Vaccination report Assam 1874-1896 - 1874-1896
Year: 1874
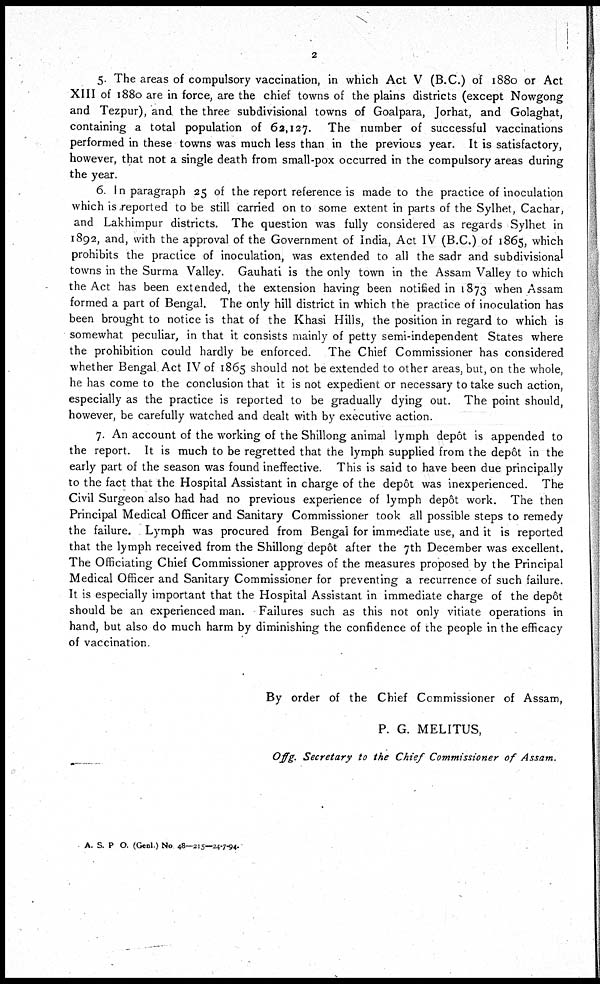
2
5. The areas of compulsory vaccination, in which Act V (B.C.) of 1880 or Act
XIII of 1880 are in force, are the chief towns of the plains districts (except Nowgong
and Tezpur), and the three subdivisional towns of Goalpara, Jorhat, and Golaghat,
containing a total population of 62,127. The number of successful vaccinations
performed in these towns was much less than in the previous year. It is satisfactory,
however, that not a single death from small-pox occurred in the compulsory areas during
the year.
6. In paragraph 25 of the report reference is made to the practice of inoculation
which is reported to be still carried on to some extent in parts of the Sylhet, Cachar,
and Lakhimpur districts. The question was fully considered as regards Sylhet in
1892, and, with the approval of the Government of India, Act IV (B.C.) of 1865, which
prohibits the practice of inoculation, was extended to all the sadr and subdivisional
towns in the Surma Valley. Gauhati is the only town in the Assam Valley to which
the Act has been extended, the extension having been notified in 1873 when Assam
formed a part of Bengal. The only hill district in which the practice of inoculation has
been brought to notice is that of the Khasi Hills, the position in regard to which is
somewhat peculiar, in that it consists mainly of petty semi-independent States where
the prohibition could hardly be enforced. The Chief Commissioner has considered
whether Bengal Act IV of 1865 should not be extended to other areas, but, on the whole,
he has come to the conclusion that it is not expedient or necessary to take such action,
especially as the practice is reported to be gradually dying out. The point should,
however, be carefully watched and dealt with by executive action.
7. An account of the working of the Shillong animal lymph depôt is appended to
the report. It is much to be regretted that the lymph supplied from the depôt in the
early part of the season was found ineffective. This is said to have been due principally
to the fact that the Hospital Assistant in charge of the depôt was inexperienced. The
Civil Surgeon also had had no previous experience of lymph depôt work. The then
Principal Medical Officer and Sanitary Commissioner took all possible steps to remedy
the failure. Lymph was procured from Bengal for immediate use, and it is reported
that the lymph received from the Shillong depôt after the 7th December was excellent.
The Officiating Chief Commissioner approves of the measures proposed by the Principal
Medical Officer and Sanitary Commissioner for preventing a recurrence of such failure.
It is especially important that the Hospital Assistant in immediate charge of the depôt
should be an experienced man. Failures such as this not only vitiate operations in
hand, but also do much harm by diminishing the confidence of the people in the efficacy
of vaccination.
By order of the Chief Commissioner of Assam,
P. G. MELITUS,
Offg. Secretary to the Chief Commissioner of Assam.
A. S. P O. (Genl ) No 48—215—24-7-94.